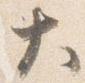
大